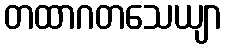
တထာဂတသေယျာ